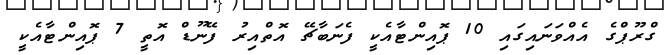
ގްރޫޕްގެ އެއްވަނައިގައި 10 ޕޮއިންޓާއެކީ ފެނަބާޗޭ އޮތްއިރު ފޭނޫޑް އޮތީ 7 ޕޮއިންޓާއެކީ